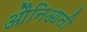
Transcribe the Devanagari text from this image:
औनिआती